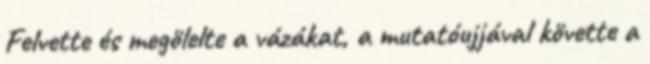
Felvette és megölelte a vázákat, a mutatóujjával követte a